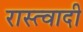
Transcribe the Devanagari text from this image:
रास्त्वादी